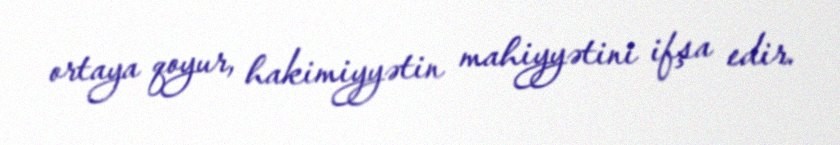
ortaya qoyur, hakimiyyətin mahiyyətini ifşa edir.